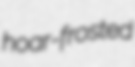
hoar-frosted